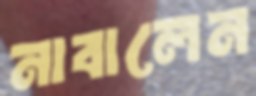
নাবালেন